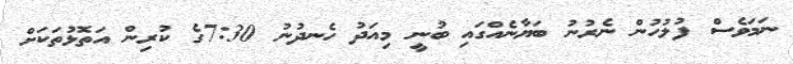
ނަމަވެސް ފުލުހުން ނެރުނު ބަޔާނެއްގައި ބުނީ މިއަދު ހެނދުނު 7:30ގެ ކުރިން އަތޮޅުތަކަށް